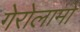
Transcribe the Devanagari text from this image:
गेरोलामो